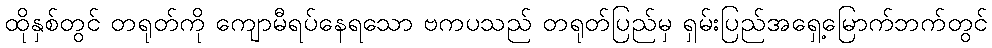
ထိုနှစ်တွင် တရုတ်ကို ကျောမီရပ်နေရသော ဗကပသည် တရုတ်ပြည်မှ ရှမ်းပြည်အရှေ့မြောက်ဘက်တွင်